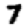
Digit: 7